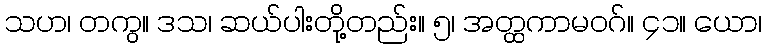
သဟ၊ တကွ။ ဒသ၊ ဆယ်ပါးတို့တည်း။ ၅၊ အတ္ထကာမဝဂ်။ ၄၁။ ယော၊